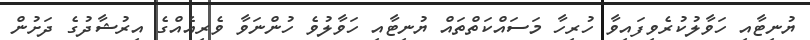
ޔުނިޓާއި ހަވާލުކުރެވިފައިވާ ހުރިހާ މަސައްކަތްތައް ޔުނިޓާއި ހަވާލުވެ ހުންނަވާ ވެރިއެއްގެ އިރުޝާދުގެ ދަށުން